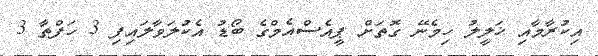
އިކުރާމާއި ޚަލީލު ހިމެނޭ ގޮތަށް ޕީއެސްއެމްގެ ބޯޑު އެކުލަވާލައިފި 3 ހަފްތާ 3